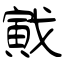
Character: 戭